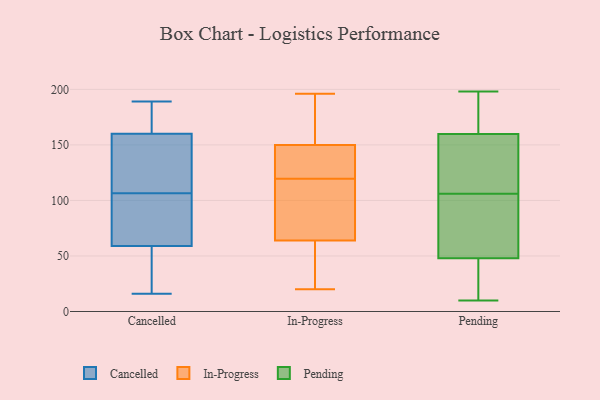
{"axis": {"x": "Page Views", "y": "Value"}, "legend": ["Cancelled", "In-Progress", "Pending"], "data": [{"x": "", "y": 106, "type": "Cancelled"}, {"x": "", "y": 181, "type": "Cancelled"}, {"x": "", "y": 92, "type": "Cancelled"}, {"x": "", "y": 64, "type": "Cancelled"}, {"x": "", "y": 16, "type": "Cancelled"}, {"x": "", "y": 148, "type": "Cancelled"}, {"x": "", "y": 73, "type": "Cancelled"}, {"x": "", "y": 172, "type": "Cancelled"}, {"x": "", "y": 107, "type": "Cancelled"}, {"x": "", "y": 107, "type": "Cancelled"}, {"x": "", "y": 176, "type": "Cancelled"}, {"x": "", "y": 176, "type": "Cancelled"}, {"x": "", "y": 29, "type": "Cancelled"}, {"x": "", "y": 189, "type": "Cancelled"}, {"x": "", "y": 83, "type": "Cancelled"}, {"x": "", "y": 110, "type": "Cancelled"}, {"x": "", "y": 18, "type": "Cancelled"}, {"x": "", "y": 53, "type": "Cancelled"}, {"x": "", "y": 131, "type": "Cancelled"}, {"x": "", "y": 54, "type": "Cancelled"}, {"x": "", "y": 150, "type": "In-Progress"}, {"x": "", "y": 38, "type": "In-Progress"}, {"x": "", "y": 66, "type": "In-Progress"}, {"x": "", "y": 20, "type": "In-Progress"}, {"x": "", "y": 99, "type": "In-Progress"}, {"x": "", "y": 150, "type": "In-Progress"}, {"x": "", "y": 157, "type": "In-Progress"}, {"x": "", "y": 64, "type": "In-Progress"}, {"x": "", "y": 119, "type": "In-Progress"}, {"x": "", "y": 57, "type": "In-Progress"}, {"x": "", "y": 171, "type": "In-Progress"}, {"x": "", "y": 89, "type": "In-Progress"}, {"x": "", "y": 38, "type": "In-Progress"}, {"x": "", "y": 196, "type": "In-Progress"}, {"x": "", "y": 182, "type": "In-Progress"}, {"x": "", "y": 120, "type": "In-Progress"}, {"x": "", "y": 144, "type": "In-Progress"}, {"x": "", "y": 148, "type": "In-Progress"}, {"x": "", "y": 182, "type": "Pending"}, {"x": "", "y": 122, "type": "Pending"}, {"x": "", "y": 84, "type": "Pending"}, {"x": "", "y": 94, "type": "Pending"}, {"x": "", "y": 171, "type": "Pending"}, {"x": "", "y": 198, "type": "Pending"}, {"x": "", "y": 91, "type": "Pending"}, {"x": "", "y": 106, "type": "Pending"}, {"x": "", "y": 22, "type": "Pending"}, {"x": "", "y": 60, "type": "Pending"}, {"x": "", "y": 183, "type": "Pending"}, {"x": "", "y": 126, "type": "Pending"}, {"x": "", "y": 117, "type": "Pending"}, {"x": "", "y": 107, "type": "Pending"}, {"x": "", "y": 173, "type": "Pending"}, {"x": "", "y": 44, "type": "Pending"}, {"x": "", "y": 24, "type": "Pending"}, {"x": "", "y": 11, "type": "Pending"}, {"x": "", "y": 10, "type": "Pending"}]}